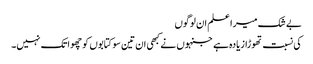
بے شک میرا علم ان لوگوں
کی نسبت تھوڑا زیادہ ہے جنہوں نے کبھی ان تین سو کتابوں کو چھوا تک نہیں۔